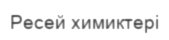
Ресей химиктері